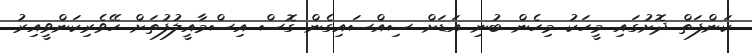
ކަންފަތް ދޮށުގައި މީހަކު މިހެން ބުނި އަޑަށް ސިއްސައިގެން ގޮސް އިސްމާއީލުފުތަށް ހޭވެރިކަންވީއިރު